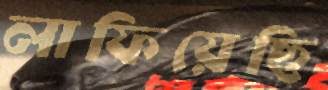
লাফিয়েছি